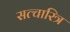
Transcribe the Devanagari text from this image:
सत्चारित्र